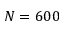
N = 6 0 0